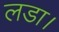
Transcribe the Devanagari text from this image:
लडा।